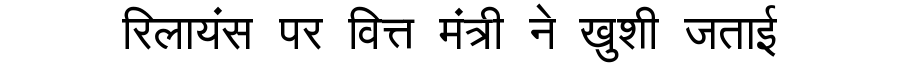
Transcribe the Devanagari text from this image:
रिलायंस पर वित्त मंत्री ने खुशी जताई